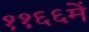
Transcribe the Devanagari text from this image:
११६६में